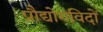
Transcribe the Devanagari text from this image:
प्रौद्योगविदों